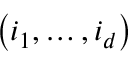
\left( i _ { 1 } , \ldots , i _ { d } \right)